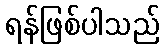
ရန်ဖြစ်ပါသည်